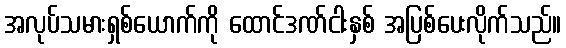
အလုပ်သမားရှစ်ယောက်ကို ထောင်ဒဏ်ငါးနှစ် အပြစ်ပေးလိုက်သည်။